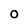
Character: 0